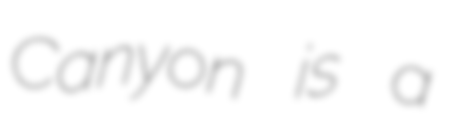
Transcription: Canyon is a